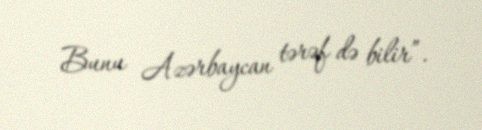
Bunu Azərbaycan tərəf də bilir”.